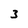
Character: 3